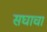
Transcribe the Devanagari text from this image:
सघाचा